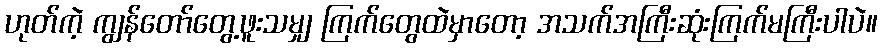
ဟုတ်ကဲ့ ကျွန်တော်တွေ့ဖူးသမျှ ကြက်တွေထဲမှာတော့ အသက်အကြီးဆုံးကြက်မကြီးပါပဲ။